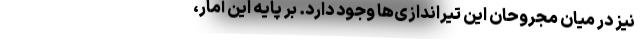
نیز در میان مجروحان این تیراندازی‌ها وجود دارد. بر پایه این آمار،